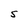
Character: S